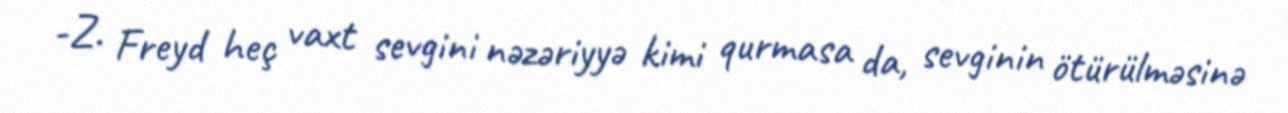
-Z. Freyd heç vaxt sevgini nəzəriyyə kimi qurmasa da, sevginin ötürülməsinə